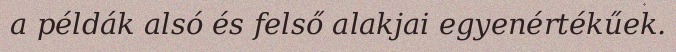
a példák alsó és felső alakjai egyenértékűek.